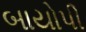
બાયોપી